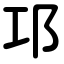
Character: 邛